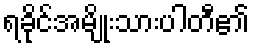
ရခိုင်အမျိုးသားပါတီ၏